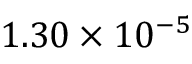
1 . 3 0 \times 1 0 ^ { - 5 }